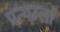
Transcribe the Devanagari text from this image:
प्रत्यम्लों